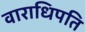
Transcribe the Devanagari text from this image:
वाराधिपति